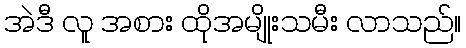
အဲဒီ လူ အစား ထိုအမျိုးသမီး လာသည်။